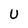
Character: U